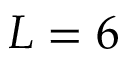
{ L = 6 }